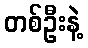
တစ်ဦးနဲ့